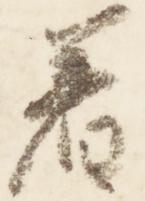
着